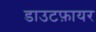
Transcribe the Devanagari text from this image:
डाउटफ़ायर